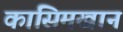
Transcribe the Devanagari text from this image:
कासिमखान